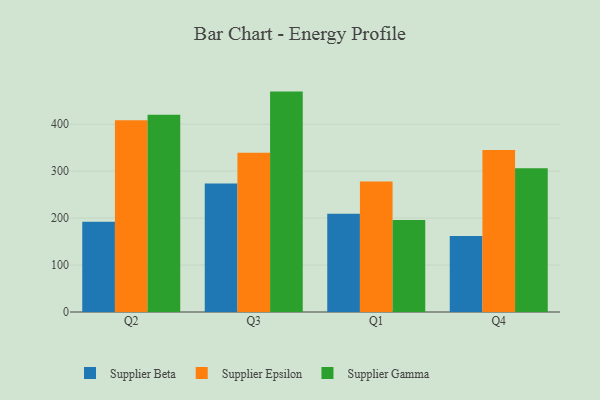
{"axis": {"x": "Quarter", "y": "Shipments"}, "legend": ["Supplier Beta", "Supplier Epsilon", "Supplier Gamma"], "data": [{"x": "Q2", "y": 192.4, "type": "Supplier Beta"}, {"x": "Q2", "y": 408.4, "type": "Supplier Epsilon"}, {"x": "Q2", "y": 420.3, "type": "Supplier Gamma"}, {"x": "Q3", "y": 273.8, "type": "Supplier Beta"}, {"x": "Q3", "y": 339.2, "type": "Supplier Epsilon"}, {"x": "Q3", "y": 469.4, "type": "Supplier Gamma"}, {"x": "Q1", "y": 209.3, "type": "Supplier Beta"}, {"x": "Q1", "y": 278.0, "type": "Supplier Epsilon"}, {"x": "Q1", "y": 195.8, "type": "Supplier Gamma"}, {"x": "Q4", "y": 161.9, "type": "Supplier Beta"}, {"x": "Q4", "y": 345.0, "type": "Supplier Epsilon"}, {"x": "Q4", "y": 306.3, "type": "Supplier Gamma"}]}